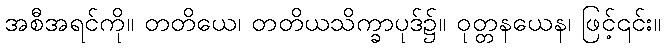
အစီအရင်ကို။ တတိယေ၊ တတိယသိက္ခာပုဒ်၌။ ဝုတ္တနယေန၊ ဖြင့်၎င်း။